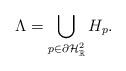
LaTeX: \begin{align*}\Lambda=\bigcup_{p\in \partial\mathcal{H}_\mathbb{R}^2}H_p. \end{align*}